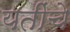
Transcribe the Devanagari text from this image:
यतींचे